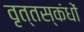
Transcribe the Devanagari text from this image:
वृत्तस्कंधों